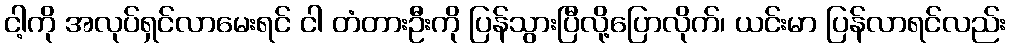
ငါ့ကို အလုပ်ရှင်လာမေးရင် ငါ တံတားဦးကို ပြန်သွားပြီလို့ပြောလိုက်၊ ယင်းမာ ပြန်လာရင်လည်း